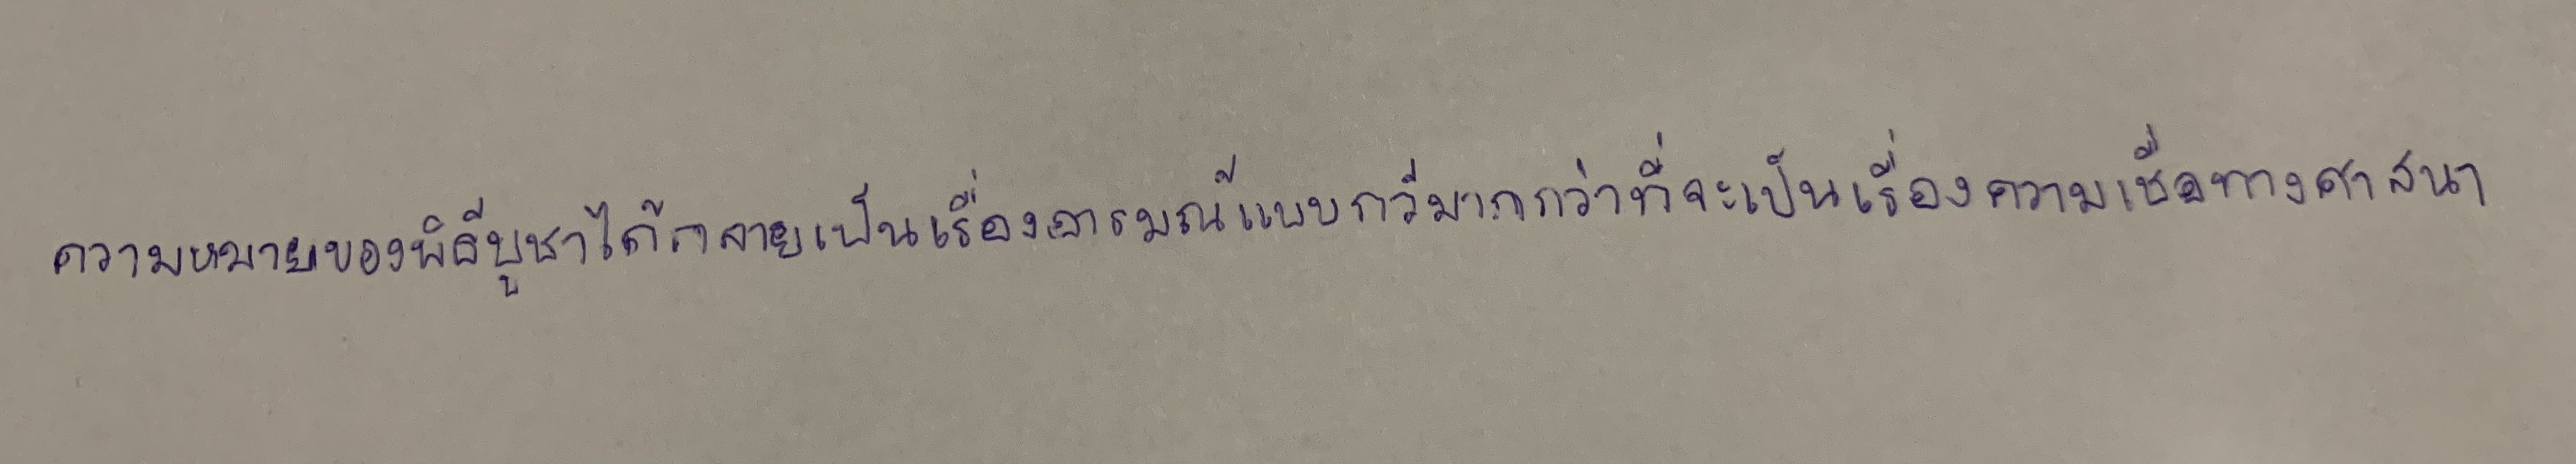
ความหมายของพิธีบูชาได้กลายเป็นเรื่องอารมณ์แบบกวีมากกว่าที่จะเป็นเรื่องความเชื่อทางศาสนา